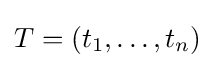
T=(t_{1},\ldots ,t_{n})